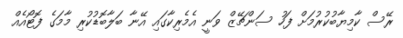
ރޭސް ކާމިޔާބުކުރުމަށް ފަހު ސަންޗޭޒް ވަނީ އެމެރިކާގައި އޭނާ ބަލާބޮޑުކުރި މާމަގެ ފޮޓޯއެއް